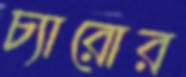
চ্যারোর